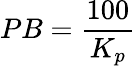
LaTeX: PB={\frac{100}{K_{p}}}